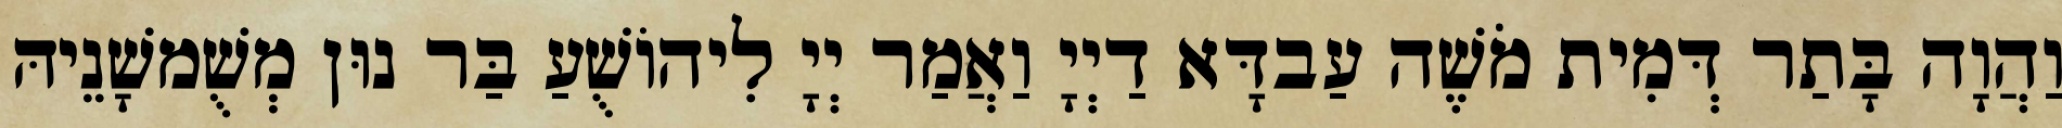
וַהֲוָה בָּתַר דְּמִית מֹשֶׁה עַבדָּא דַיְיָ וַאֲמַר יְיָ לִיהוֹשֻׁעַ בַּר נוּן מְשֻׁמשָׁנֵיהּ